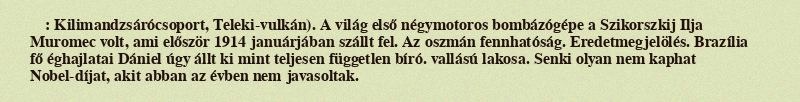
: Kilimandzsárócsoport, Teleki-vulkán). A világ első négymotoros bombázógépe a Szikorszkij Ilja Muromec volt, ami először 1914 januárjában szállt fel. Az oszmán fennhatóság. Eredetmegjelölés. Brazília fő éghajlatai Dániel úgy állt ki mint teljesen független bíró. vallású lakosa. Senki olyan nem kaphat Nobel-díjat, akit abban az évben nem javasoltak.